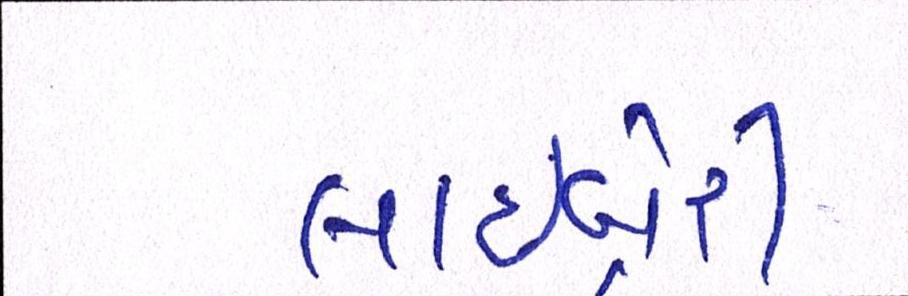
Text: લાઇબ્રેરી